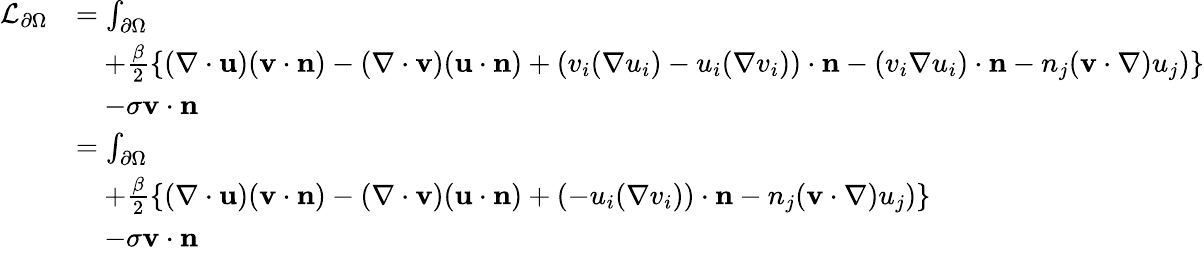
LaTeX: \begin{array}{rl}{\mathcal{L}_{\partial\Omega}}&{=\int_{\partial\Omega}}\\ &{\quad+\frac{\beta}{2}\left\{ (\nabla\cdot\mathbf{u})(\mathbf{v}\cdot\mathbf{n})-(\nabla\cdot\mathbf{v})(\mathbf{u}\cdot\mathbf{n})+\left(v_{i}(\nabla u_{i})-u_{i}(\nabla v_{i})\right)\cdot\mathbf{n}-(v_{i}\nabla u_{i})\cdot\mathbf{n}-n_{j}(\mathbf{v}\cdot\nabla)u_{j})\right\} }\\ &{\quad-\sigma\mathbf{v}\cdot\mathbf{n}}\\ &{=\int_{\partial\Omega}}\\ &{\quad+\frac{\beta}{2}\left\{ (\nabla\cdot\mathbf{u})(\mathbf{v}\cdot\mathbf{n})-(\nabla\cdot\mathbf{v})(\mathbf{u}\cdot\mathbf{n})+\left(-u_{i}(\nabla v_{i})\right)\cdot\mathbf{n}-n_{j}(\mathbf{v}\cdot\nabla)u_{j})\right\} }\\ &{\quad-\sigma\mathbf{v}\cdot\mathbf{n}}\end{array}